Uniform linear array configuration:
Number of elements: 32
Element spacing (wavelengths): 0.5
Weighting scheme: uniform
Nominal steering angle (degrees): -30
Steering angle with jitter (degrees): -29.302
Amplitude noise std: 0.05
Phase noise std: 0.05

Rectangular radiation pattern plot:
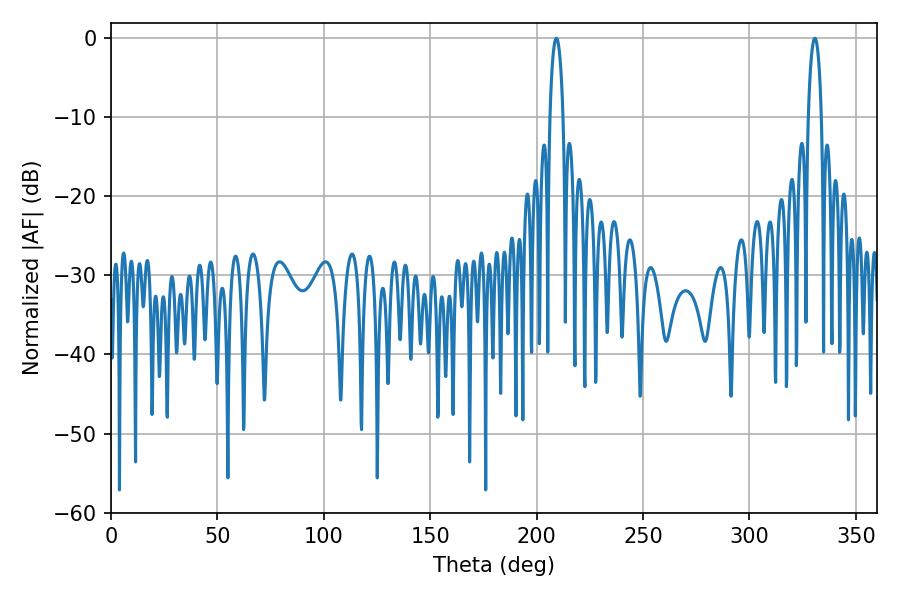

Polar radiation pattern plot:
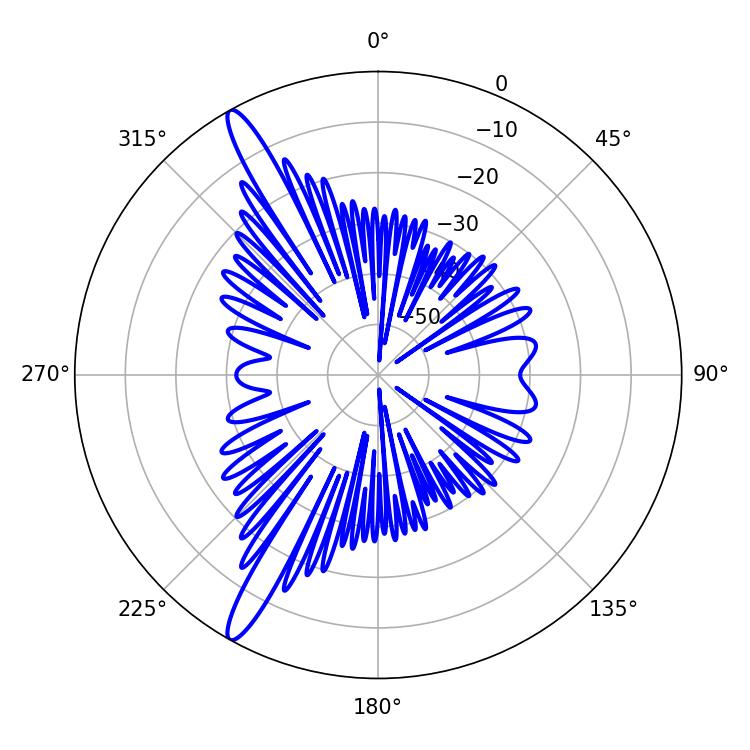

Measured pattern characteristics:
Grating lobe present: FALSE
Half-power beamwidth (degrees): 3.42
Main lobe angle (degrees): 330.66